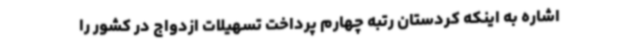
اشاره به اینکه کردستان رتبه چهارم پرداخت تسهیلات ازدواج در کشور را